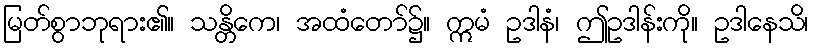
မြတ်စွာဘုရား၏။ သန္တိကေ၊ အထံတော်၌။ ဣမံ ဥဒါနံ၊ ဤဥဒါန်းကို။ ဥဒါနေသိ၊